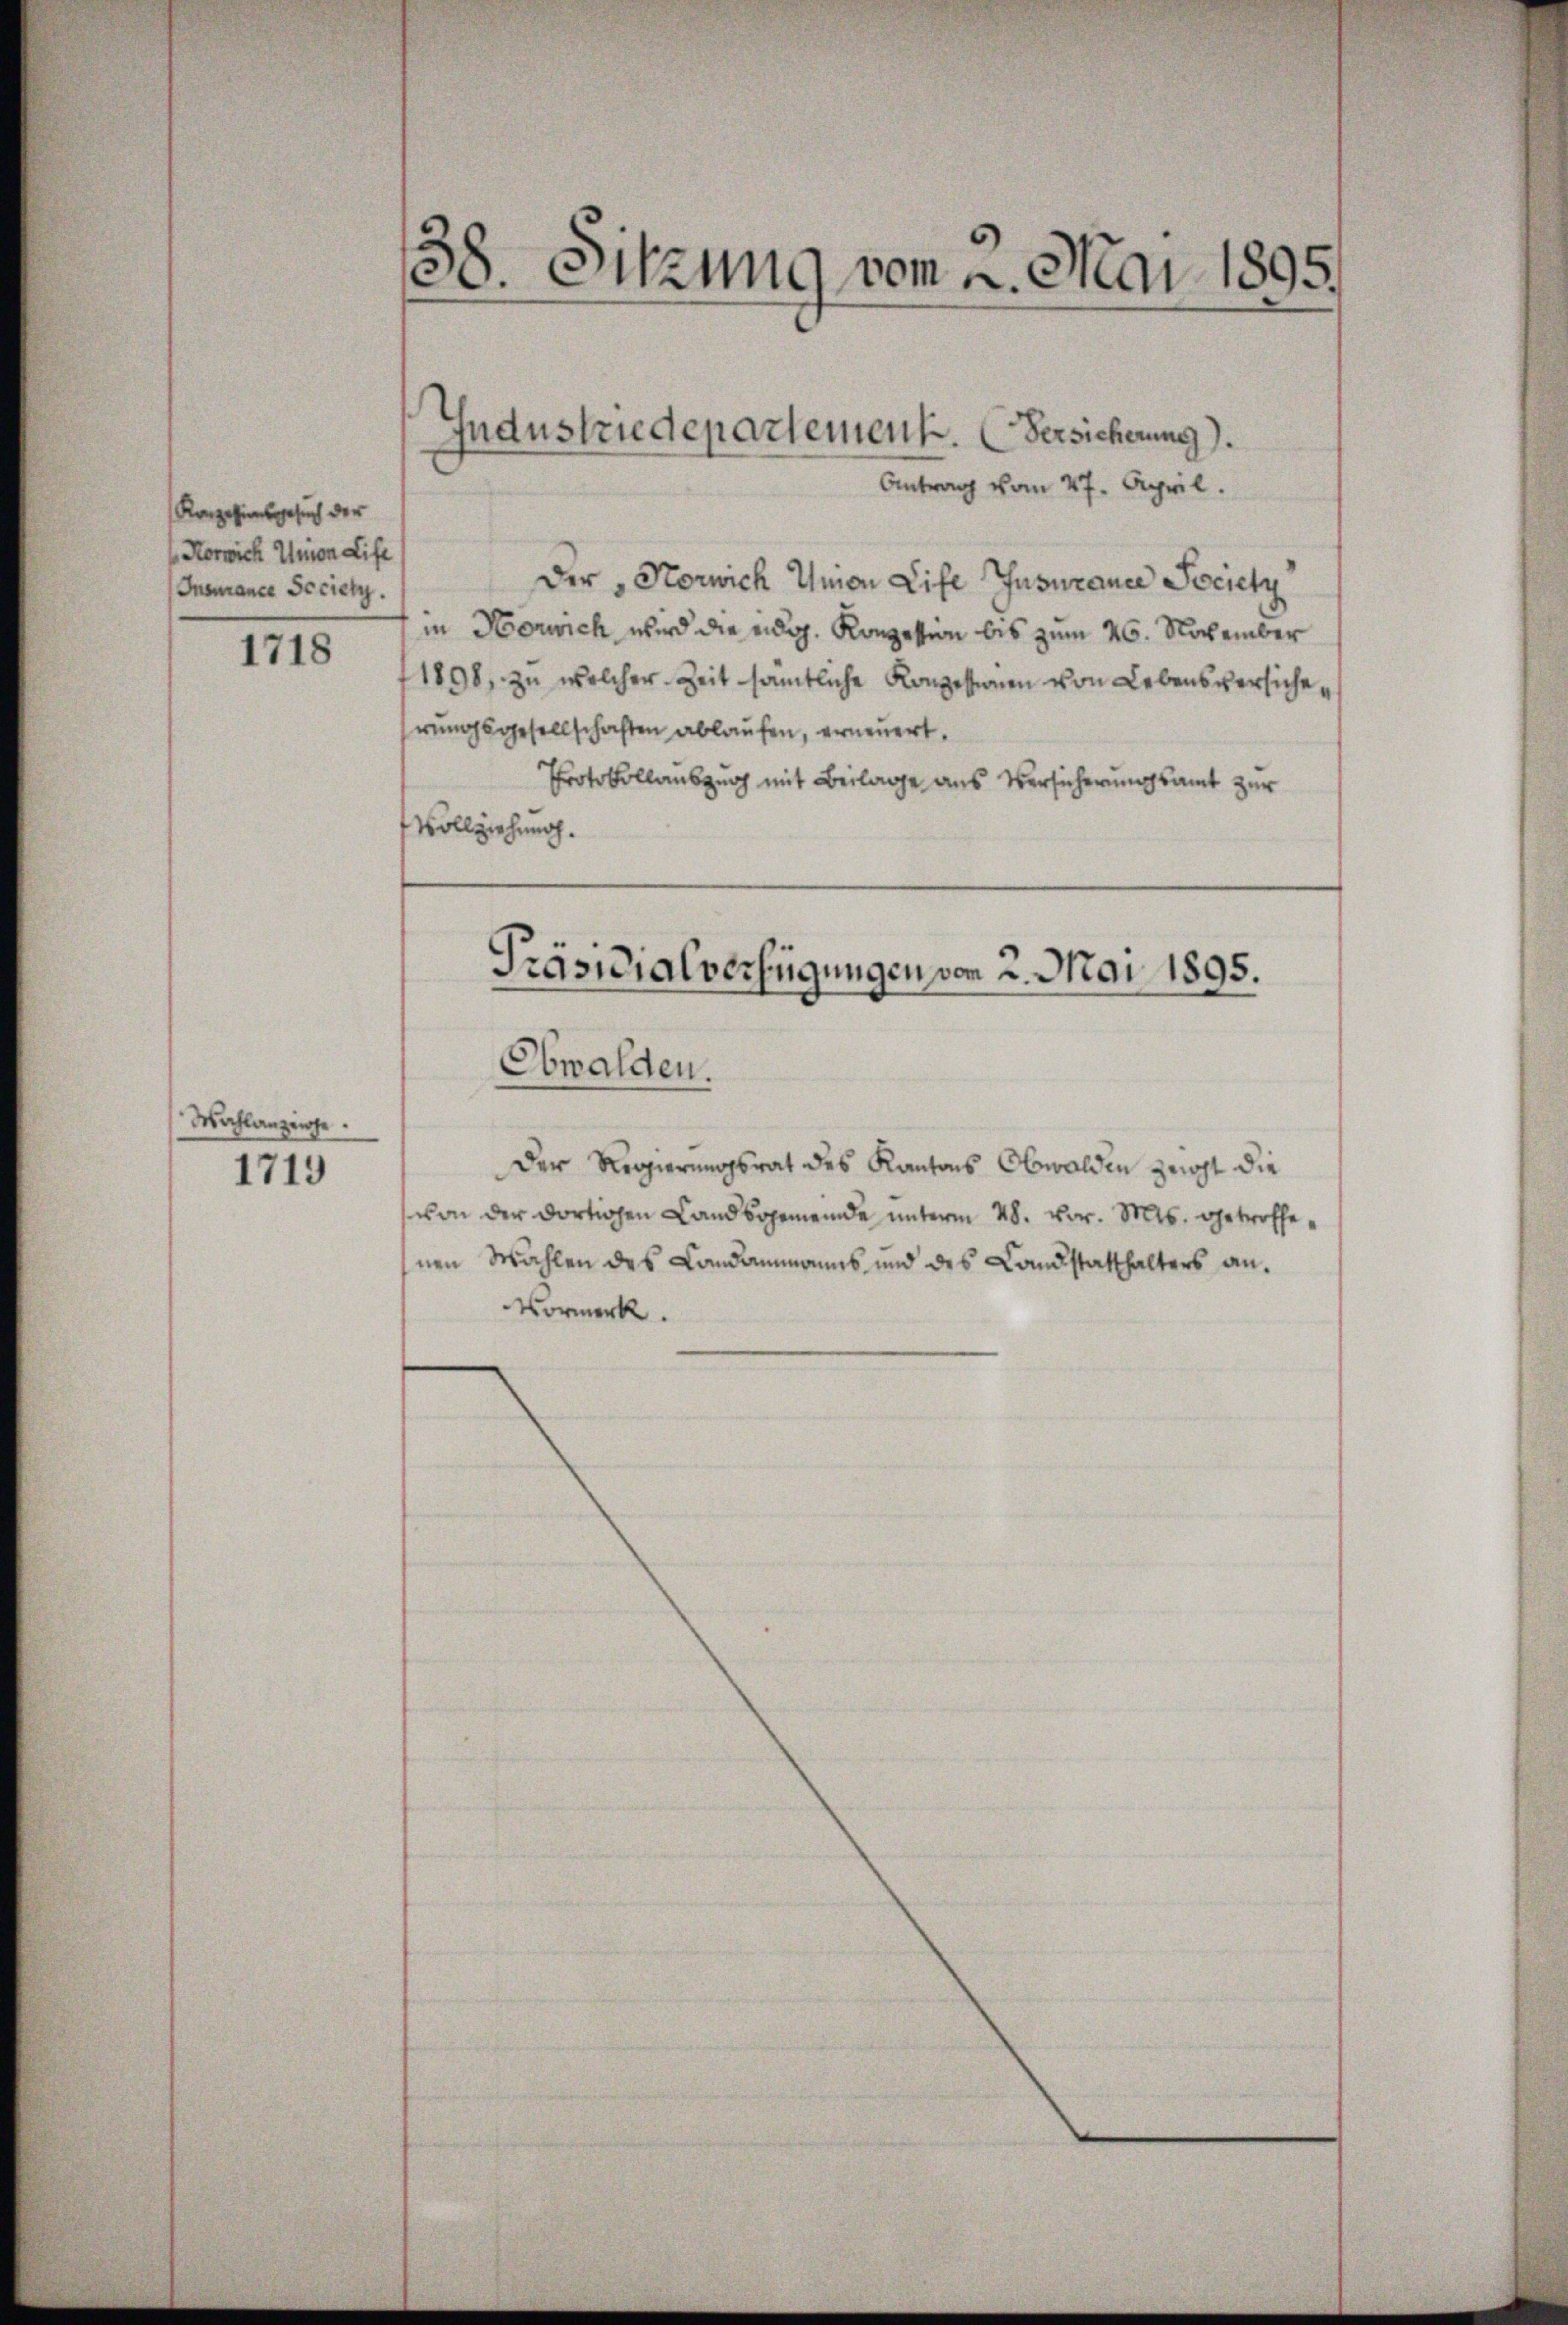
Konzesionsgesuch der
Korrich Union Life
Insurance Serieli.

1718

Wachlanzenge.

1719

38. Sitzung vom 2. Mai 1895.

Antrag vom 27. April.
Der „Norwich Union Life Jusurance Societz
in Horwich wird die eidg. Konzession bis zum 26. November
1898, zu welcher Zeit sämtliche Konzessionen von Lebensversiche,
rungsgesellschaften ablaufen, erneuert.
Protokollauszug mit Beilage aus Versicherungsamt zur
Vollziehung.

Industriedepartement. (Versicherung).

Präsidialverfügungen vom 2. Mai 1895.

Obwalden.
Der Regierungsrat des Kantons Obwalden zerst die
von der dortigen Landsgemeinde unterm 28. vor. Mts. getroffenen Wahlen des Landammanns und des Landstatthalters an.
Vormerk.